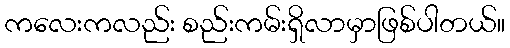
ကလေးကလည်း စည်းကမ်းရှိလာမှာဖြစ်ပါတယ်။